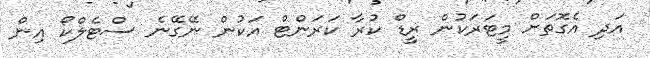
އަދި އެގޮތަށް މީޓަރަކުން ރީޑް ކުރާ ކަރަންޓް އަކުން ނޭގޭނެ ސްޓެލްކޯ އިން